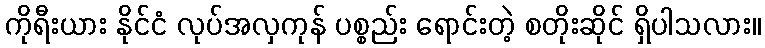
ကိုရီးယား နိုင်ငံ လုပ်အလှကုန် ပစ္စည်း ရောင်းတဲ့ စတိုးဆိုင် ရှိပါသလား။